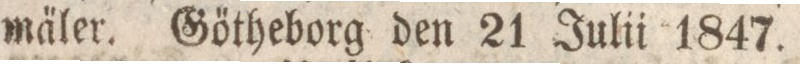
ma̋ler. Gőtheborg den 21 Julii 1847.